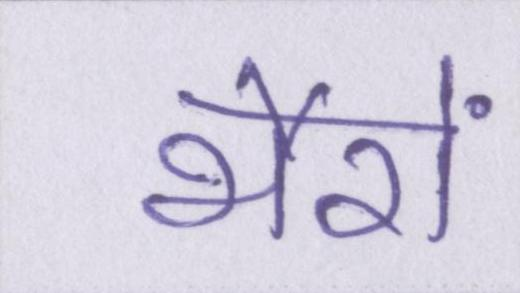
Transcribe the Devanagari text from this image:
भैरों